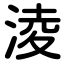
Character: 淩